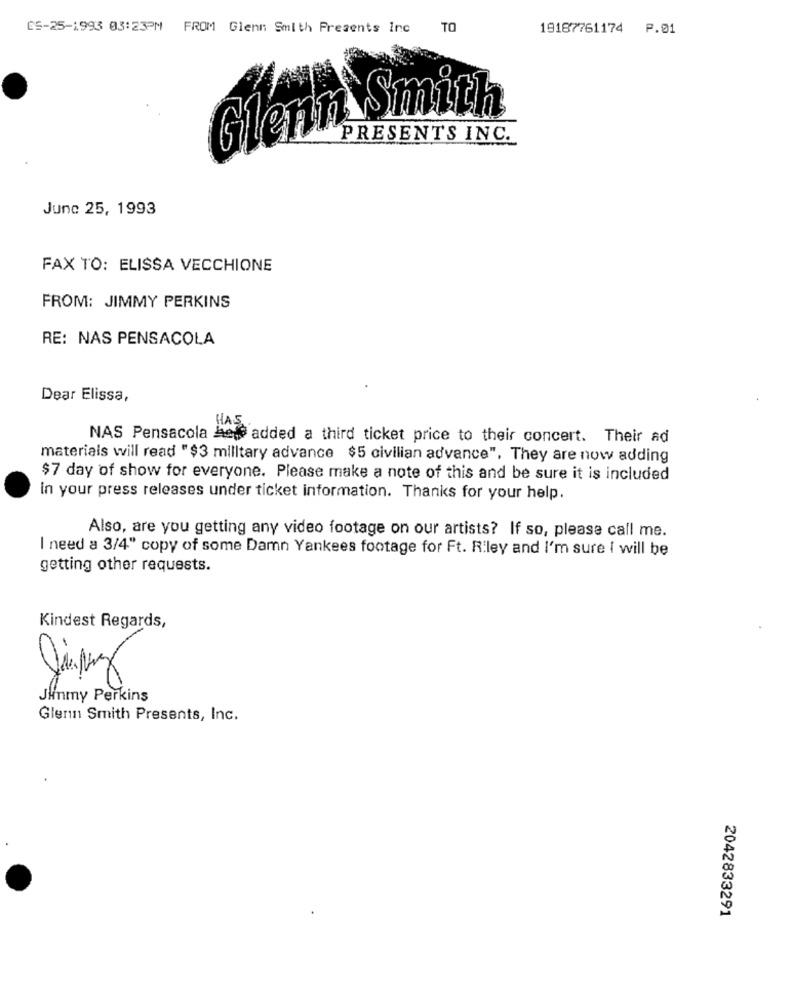
ES-25-1993 03:23PM FROM Glenn Smith Presents Inc
TO
19187761174 P.01
Glenn Smith
PRESENTS INC.
June 25, 1993
FAX TO: ELISSA VECCHIONE
FROM: JIMMY PERKINS
RE: NAS PENSACOLA
Dear Elissa,
NAS Pensacola Acte added a third ticket price to their concert. Their ad
materials will read " $3 milltary advance $5 civilian advance", They are now adding
$7 day of show for everyone. Please make a note of this and be sure it is included
in your press releases under ticket information. Thanks for your help.
Also, are you getting any video footage on our artists? If so, please call me.
I need a 3/4" copy of some Damn Yankees footage for Ft. Riley and I'm sure I will be
getting other requests.
Kindest Regards,
Junmy Perkins
Glenn Smith Presents, Inc.
2042833291